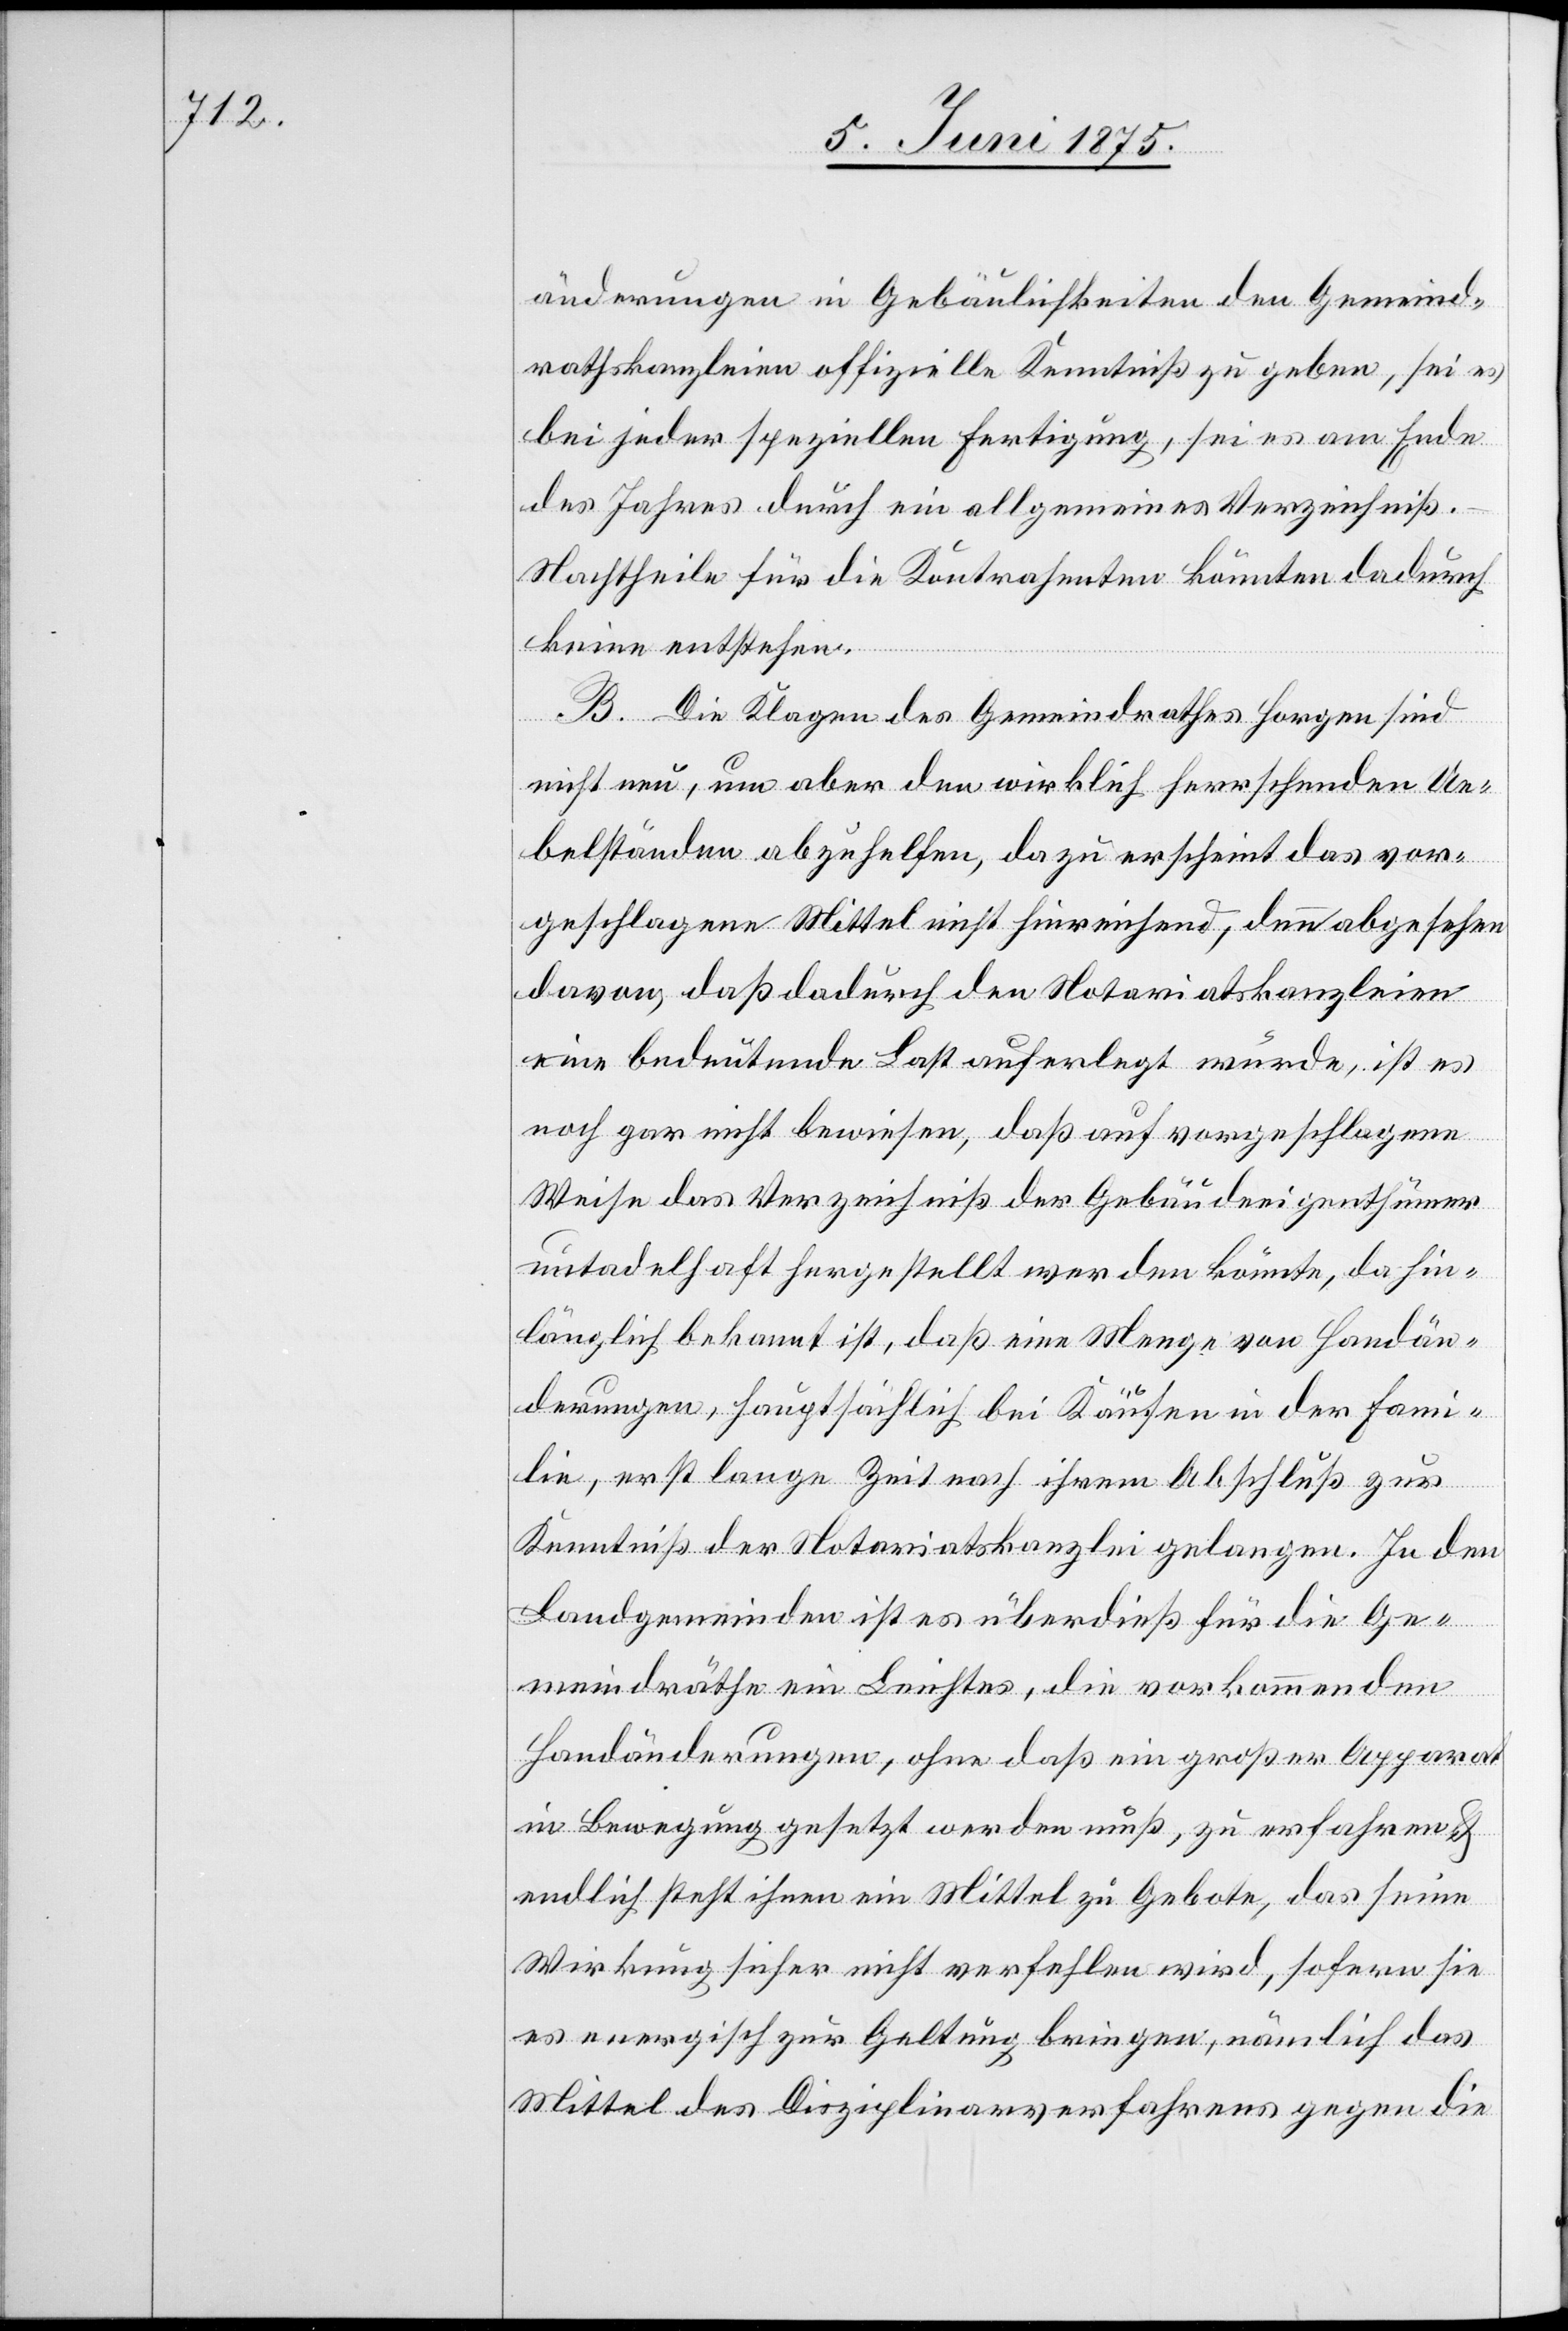
änderungen in Gebäulichkeiten den Gemeind¬
rathskanzleien offizielle Kenntniß zu geben, sei es
bei jeder speziellen Fertigung, sei es am Ende
des Jahres durch ein allgemeines Verzeichniß.
Nachtheile für die Kontrahenten könnten dadurch
keine entstehen.
B. Die Klagen des Gemeindrahtes Horgen sind
nicht neu, um aber den wirklich herrschenden Ue¬
belständen abzuhelfen, dazu erscheint das vor¬
geschlagene Mittel nicht hinreichend, denn abgesehen
davon, daß dadurch den Notariatskanzleien
eine bedeutende Last auferlegt würde, ist es
noch gar nicht bewiesen, daß auf vorgeschlagene
Weise das Verzeichniß der Gebäudeeigenthümer
untadelhaft fertig gestellt werden könnte, da hin¬
länglich bekannt ist, daß eine Menge von Handän¬
derungen, hauptsächlich bei Käufen in der Fami¬
lie, erst lange Zeit nach ihrem Abschluß zu
Kenntniß der Staatskanzlei gelangen. In den
Landgemeinden ist es überdieß für die Ge¬
meindräthe ein Leichtes, die vorkommenden
Handänderungen, ohne daß ein großer Apparat
in Bewegung gesetzt werden muß, zu erfahren &
endlich steht ihnen ein Mittel zu Gebote, das seine
Wirkung sicher nicht verfehlen wird, sofern sie
es energisch zur Geltung bringen, nämlich das
Mittel des Disziplinarverfahrens gegen die